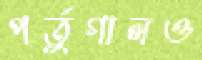
পর্তুগালও